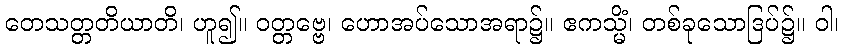
တေသတ္တတိယာတိ၊ ဟူ၍။ ဝတ္တဗ္ဗေ၊ ဟောအပ်သောအရာ၌။ ဧကသ္မိံ၊ တစ်ခုသောဒြပ်၌။ ဝါ၊